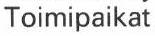
Toimipaikat